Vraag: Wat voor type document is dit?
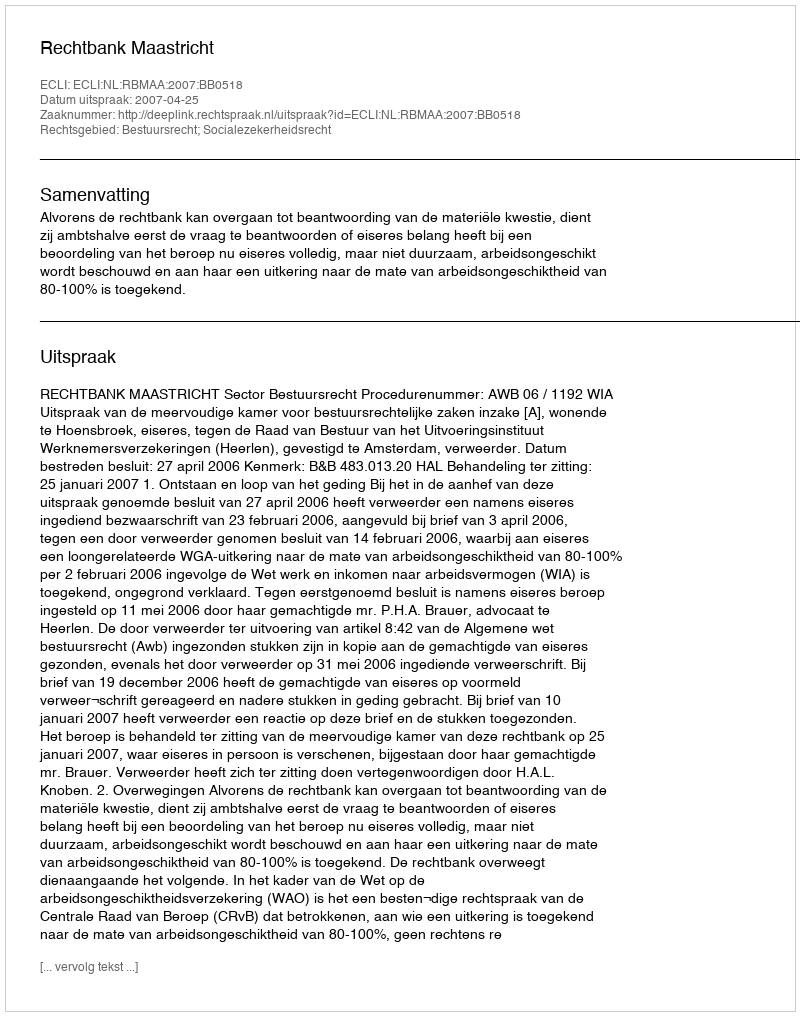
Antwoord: Uitspraak